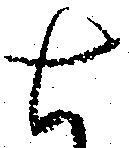
七